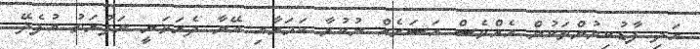
އަދި ފާޑުކިޔުންތަކުން އެއްވެސް އަސަރެއް ނުކުރާ ކަމަށާއި އޭނާ ދެރަވަނީ ނަފުރަތު އުފެދޭ